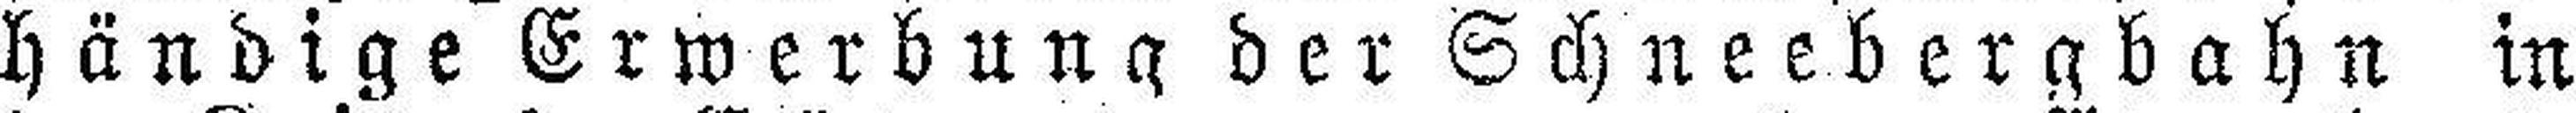
händige Erwerbung der Schneebergbahn in